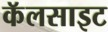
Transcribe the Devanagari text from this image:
कॅलसाइट